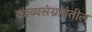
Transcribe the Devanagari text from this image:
काव्यसंग्रहांतील